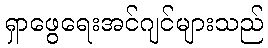
ရှာဖွေရေးအင်ဂျင်များသည်